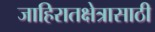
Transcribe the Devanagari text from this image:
जाहिरातक्षेत्रासाठी